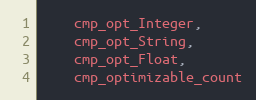
Language: C
    cmp_opt_Integer,
    cmp_opt_String,
    cmp_opt_Float,
    cmp_optimizable_count